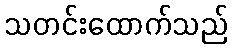
သတင်းထောက်သည်